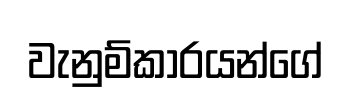
වැනුම්කාරයන්ගේ